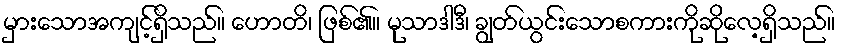
မှားသောအကျင့်ရှိသည်။ ဟောတိ၊ ဖြစ်၏။ မုသာဒါဒီ၊ ချွတ်ယွင်းသောစကားကိုဆိုလေ့ရှိသည်။